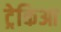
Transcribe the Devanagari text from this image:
ट्रेकिआ